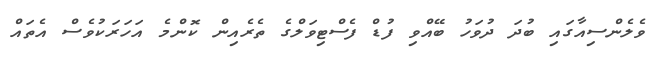
ވެލެންސިއާގައި ބުދަ ދުވަހު ބޭއްވި ފުޑް ފެސްޓިވަލްގެ ތެރެއިން ކޮންމެ އަހަރަކުވެސް އެތައް